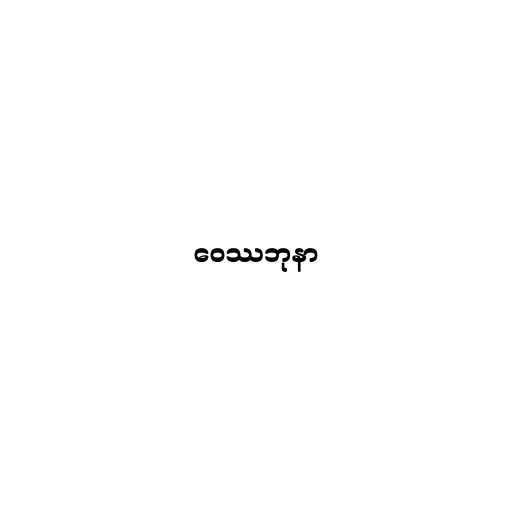
ဝေဿဘုနာ